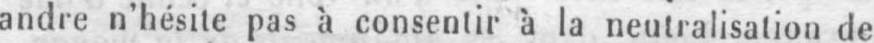
andre n’hésite pas à consentir à la neutralisation de